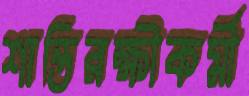
শান্তিরক্ষীকর্মী